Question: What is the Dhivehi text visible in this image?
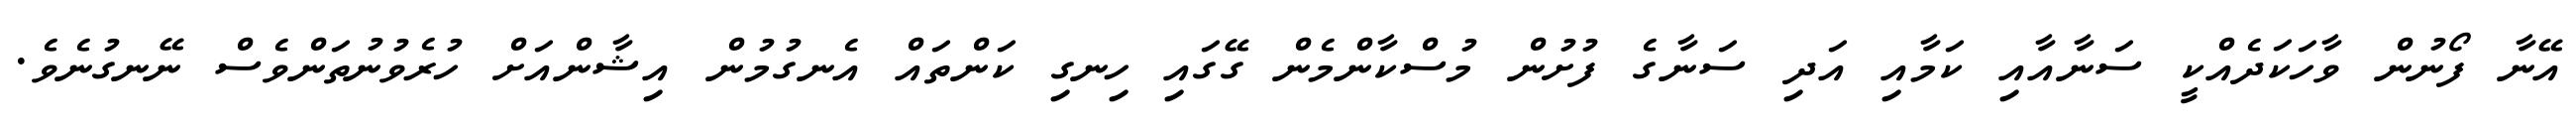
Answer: އޭނާ ފޯނުން ވާހަކަދެއްކީ ސަނާއާއި ކަމާއި އަދި ސަނާގެ ފުށުން މުސްކާންމެން ގޭގައި ހިނގި ކަންތައް އެނގުމުން އިޝާންއަށް ހުރެވުނުތަންވެސް ނޭނގުނެވެ.